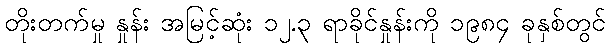
တိုးတက်မှု နှုန်း အမြင့်ဆုံး ၁၂.၃ ရာခိုင်နှုန်းကို ၁၉၈၄ ခုနှစ်တွင်